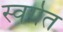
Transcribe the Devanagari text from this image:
स्वर्गत